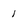
Character: 1